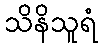
သိနိသူရံ